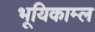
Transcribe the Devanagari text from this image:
भूयिकाम्ल